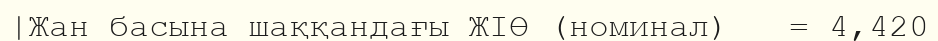
|Жан басына шаққандағы ЖІӨ (номинал)   = 4,420